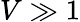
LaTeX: V\gg 1